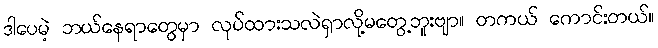
ဒါပေမဲ့ ဘယ်နေရာတွေမှာ လုပ်ထားသလဲရှာလို့မတွေ့ဘူးဗျာ။ တကယ် ကောင်းတယ်။